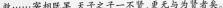
救\ldots\ldots宰相既罢，天子之子一不贤，更无与为贤者矣。